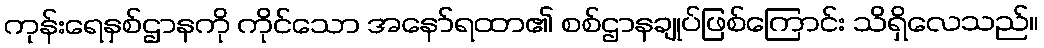
ကုန်းရေနှစ်ဌာနကို ကိုင်သော အနော်ရထာ၏ စစ်ဌာနချုပ်ဖြစ်ကြောင်း သိရှိလေသည်။